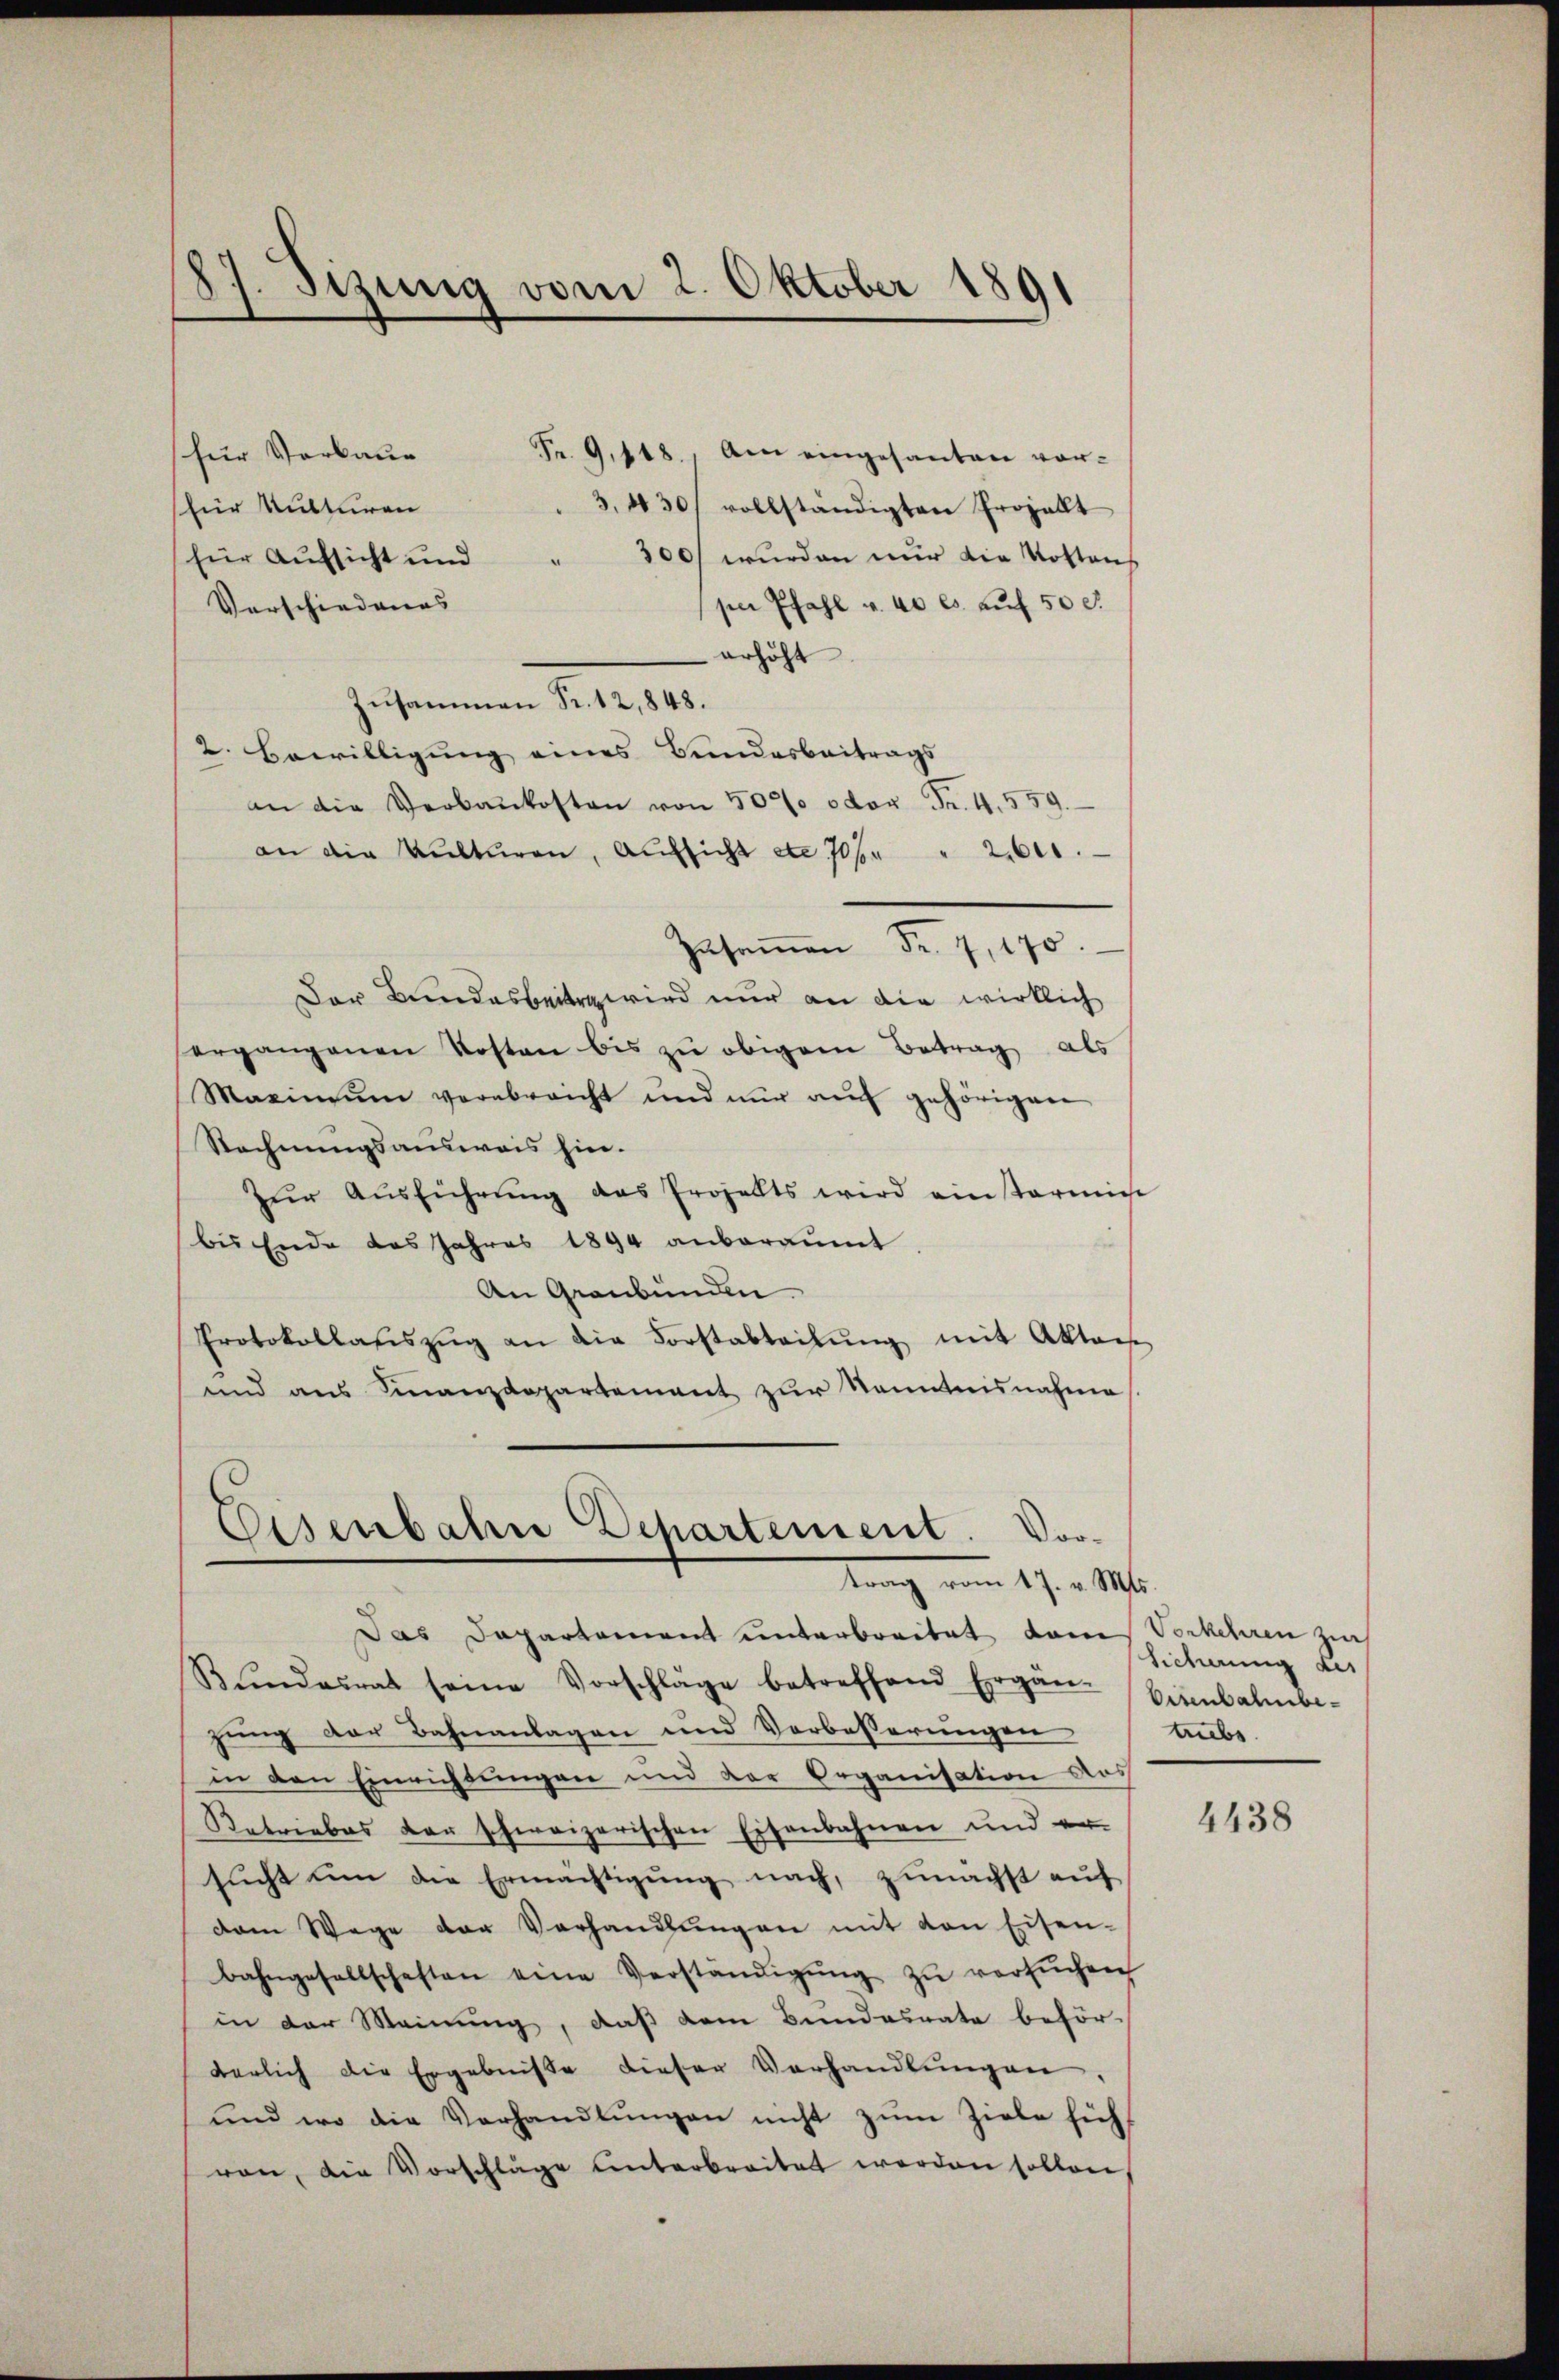
für Vorkau
Fr. 9,418., Am eingesanten vor¬
(für Kulturen
3,430/ vollständigten Projellt
300 wurden nur die Kostens
für Aufsicht und
Vorschiedungs-
se Pfahl u. 40 l. aŭf 50 c.
erhöht
Zusammen Fr. 12,848.
2. Bewilligung eines Bundesbeitrags-
an die Verbaukosten von 500 oder Fr. 4. 559.
an die Aŭstŭren, Aŭfsicht etc 706. " 2000.
Zusammen Fr. 7, 170.
Der Bundesbeiten wird nur an die wirklich
ergangenen Kosten bis zu obigem Betrag als
Maximŭm verabreicht und nŭr aŭf gehörigen
Rechnungsausweis hie-
Zŭr Aŭsführŭng des Projekts wird einstarmie
bis Ende des Jahres 1894 anberaumt
An Graubünden.
Protokollaβszŭg an die Forstabteilŭng mit Aktais
und aus Finanzdepartement zur Kenntnisnahme

87. Sizung vom 2. Oktober 1891

Eisenbahn Departement. Vor-
tung vom 17. M.
Das Departement unterbreitet dans Vorkehren zur

Bŭndesrat seine Vorschläge betreffend Ergän-Einbahnbe-
zung der Bahnanlagen und Verbesserungen
in den Einrichtungen und der Organisation aus
Retriebes der schweizerischen Eisenbahnen und er-
sucht um die Ermächtigung nach, zunächst auf
dam Wege der Verhandlŭngen mit von Eisen-
bahngesellschaften eine Verständigŭng zŭ versŭchen
in der Meinung, daß dem Bundesrate beför-
derlich die Ergebnisse dieser Verhandlŭngen.
und wo die Verhandlungen nicht zum Ziele sicht
ren, die Vorschläge unterbreitet worden sollen

Sicherung des
tebs

4438